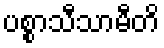
ပစ္စာသီသာမီတိ